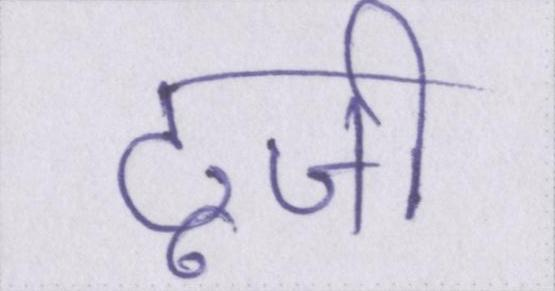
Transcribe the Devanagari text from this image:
टूजी